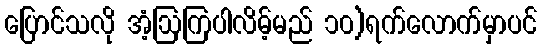
ပြောင်သလို အံ့ဩကြပါလိမ့်မည် ၁၀)ရက်လောက်မှာပင်